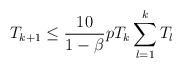
LaTeX: \begin{align*} T_{k+1} \leq \frac{10}{1-\beta} p T_k \sum_{l=1}^{k}T_l\end{align*}